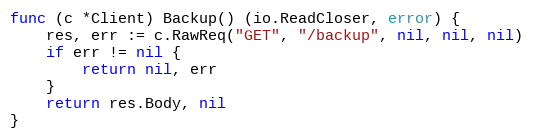
Language: Go
func (c *Client) Backup() (io.ReadCloser, error) {
	res, err := c.RawReq("GET", "/backup", nil, nil, nil)
	if err != nil {
		return nil, err
	}
	return res.Body, nil
}